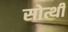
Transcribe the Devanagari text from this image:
सोत्थी